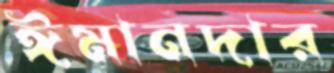
ঈমানদার